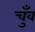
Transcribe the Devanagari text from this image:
चुँव